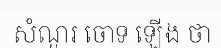
សំណួរ ចោទ ឡើង ថា